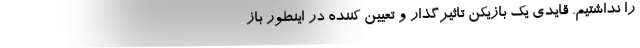
را نداشتیم. قایدی یک بازیکن تاثیرگذار و تعیین کننده در اینطور باز